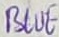
Text: BLUE